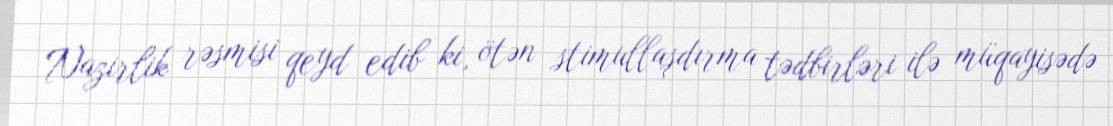
Nazirlik rəsmisi qeyd edib ki, ötən stimullaşdırma tədbirləri ilə müqayisədə